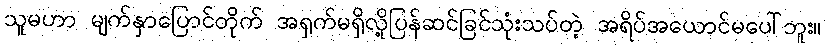
သူမဟာ မျက်နှာပြောင်တိုက် အရှက်မရှိလို့ပြန်ဆင်ခြင်သုံးသပ်တဲ့ အရိပ်အယောင်မပေါ်ဘူး။